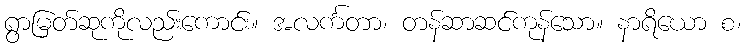
ရွာမြတ်ဆုကိုလည်းကောင်း။ အလင်္ကတာ၊ တန်ဆာဆင်ကုန်သော။ နာရိယော စ၊